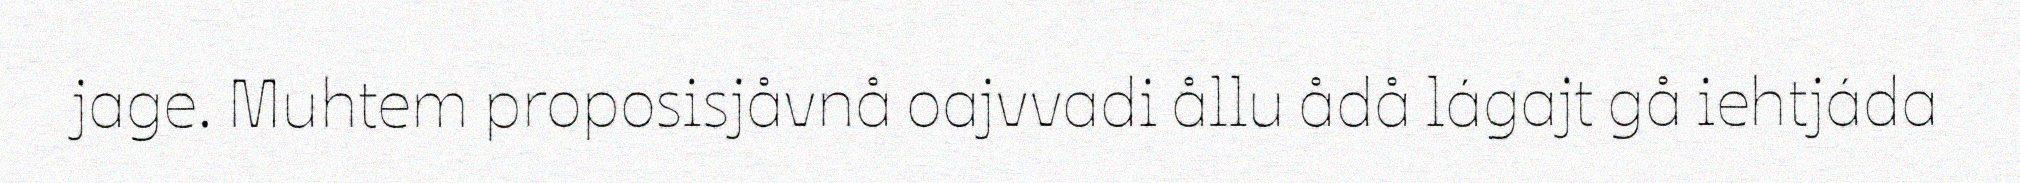
jage. Muhtem proposisjåvnå oajvvadi ållu ådå lágajt gå iehtjáda